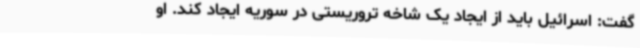
گفت: اسرائیل باید از ایجاد یک شاخه تروریستی در سوریه ایجاد کند. او